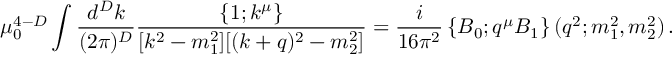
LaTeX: \mu _ { 0 } ^ { 4 - D } \int \frac { d ^ { D } k } { ( 2 \pi ) ^ { D } } \frac { \{ 1 ; k ^ { \mu } \} } { [ k ^ { 2 } - m _ { 1 } ^ { 2 } ] [ ( k + q ) ^ { 2 } - m _ { 2 } ^ { 2 } ] } = \frac { i } { 1 6 \pi ^ { 2 } } \left\{ B _ { 0 } ; q ^ { \mu } B _ { 1 } \right\} ( q ^ { 2 } ; m _ { 1 } ^ { 2 } , m _ { 2 } ^ { 2 } ) \, .